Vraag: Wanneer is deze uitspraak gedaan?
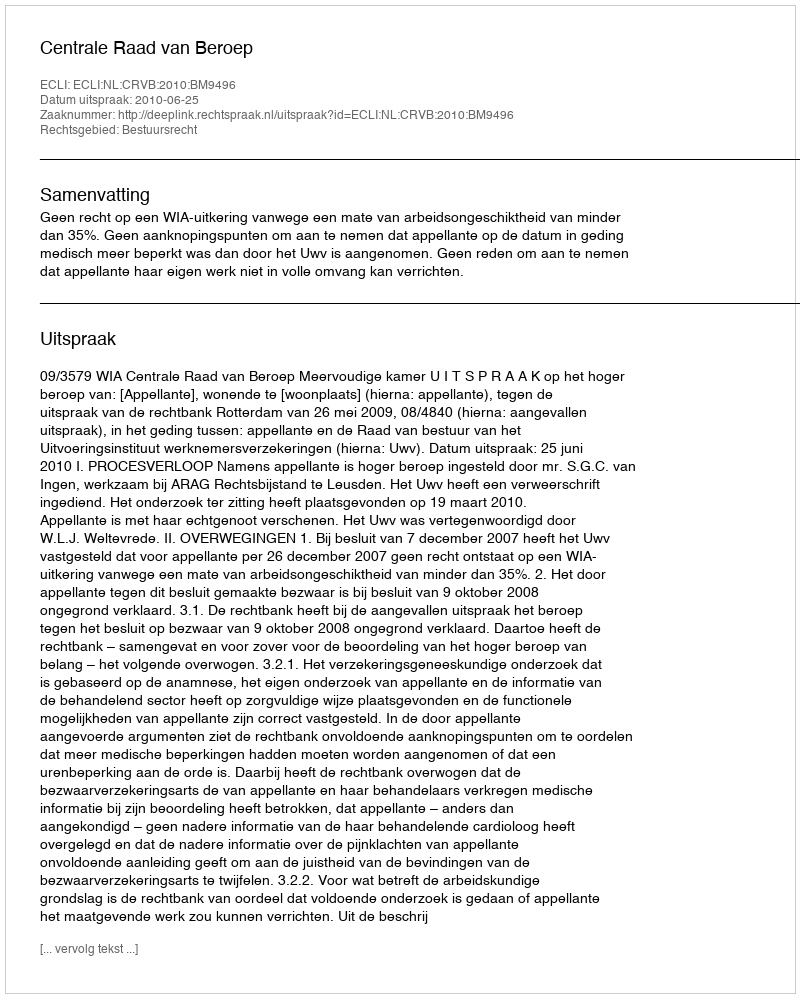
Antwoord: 2010-06-25